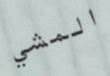
المشي